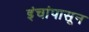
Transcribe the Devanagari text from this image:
इंचांपासून